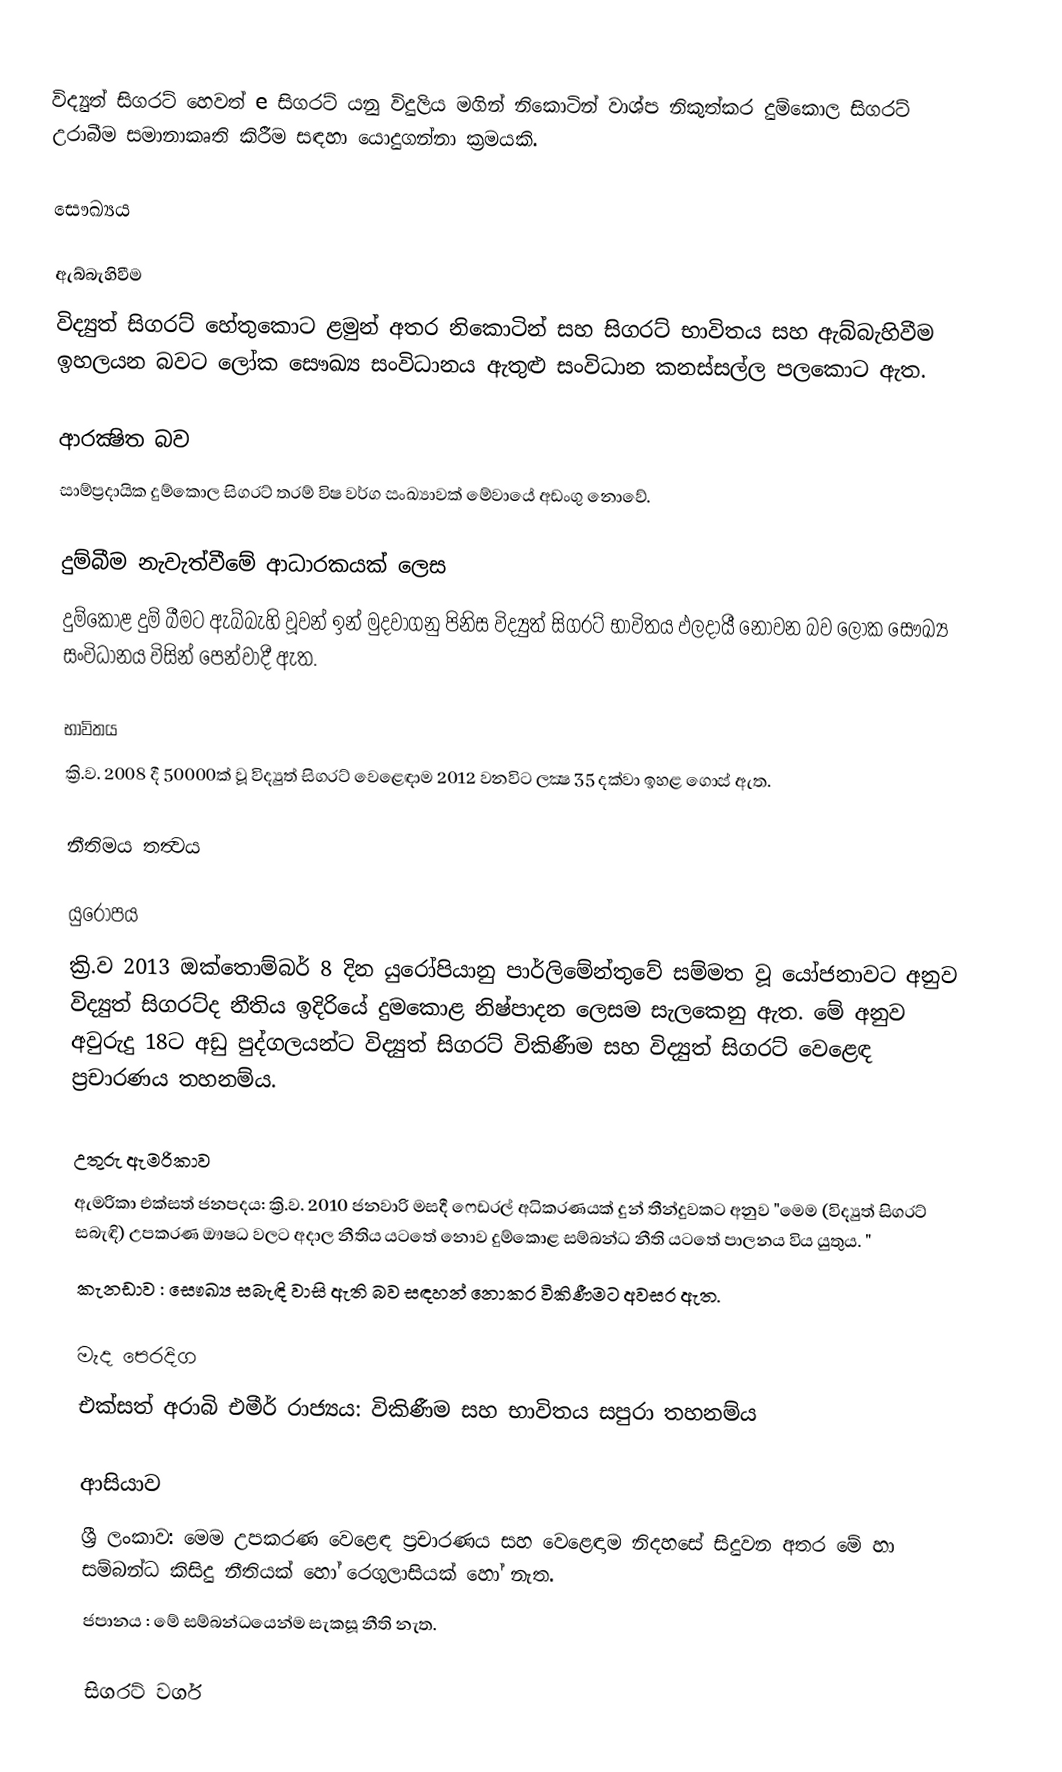
විද්‍යුත් සිගරට් හෙවත් e සිගරට් යනු විදුලිය මගින් නිකොටින් වාශ්ප නිකුත්කර දුම්කොල සිගරට් උරාබීම සමානාකෘති කිරීම සඳහා යොදුගන්නා ක්‍රමයකි.

සෞඛ්‍යය

ඇබ්බැහිවීම
විද්‍යුත් සිගරට් හේතුකොට ළමුන් අතර නිකොටින් සහ සිගරට් භාවිතය සහ ඇබ්බැහිවීම ඉහලයන බවට ලෝක සෞඛ්‍ය සංවිධානය ඇතුළු සංවිධාන කනස්සල්ල පලකොට ඇත.

ආරක්‍ෂිත බව
සාම්ප්‍රදායික දුම්කොල සිගරට් තරම් විෂ වර්ග සංඛ්‍යාවක් මේවායේ අඩංගු නොවේ.

දුම්බීම නැවැත්වීමේ ආධාරකයක් ලෙස
දුම්කොළ දුම් බීමට ඇබ්බැහි වූවන් ඉන් මුදවාගනු පිනිස විද්‍යුත් සිගරට් භාවිතය ඵලදායී නොවන බව ලෝක සෞඛ්‍ය සංවිධානය විසින් පෙන්වාදී ඇත.

භාවිතය
ක්‍රි.ව. 2008 දී 50000ක් වූ විද්‍යුත් සිගරට් වෙළෙඳාම 2012 වනවිට ලක්‍ෂ 35 දක්වා ඉහළ ගොස් ඇත.

නීතිමය තත්‍වය

යුරෝපය
ක්‍රි.ව 2013 ඔක්තොම්බර් 8 දින යුරෝපියානු පාර්ලිමේන්තුවේ සම්මත වූ යෝජනාවට අනුව විද්‍යුත් සිගරට්ද නීතිය ඉදිරියේ දුමකොළ නිෂ්පාදන ලෙසම සැලකෙනු ඇත. මේ අනුව අවුරුදු 18ට අඩු පුද්ගලයන්ට විද්‍යුත් සිගරට් විකිණීම සහ විද්‍යුත් සිගරට් වෙළෙඳ ප්‍රචාරණය තහනම්ය.

උතුරු ඇමරිකාව
 ඇමරිකා එක්සත් ජනපදය: ක්‍රි.ව. 2010 ජනවාරි මසදී ෆෙඩරල් අධිකරණයක් දුන් තීන්දුවකට අනුව "මෙම (විද්‍යුත් සිගරට් සබැඳි) උපකරණ ඖෂධ වලට අදාල නීතිය යටතේ නොව දුම්කොළ සම්බන්ධ නීති යටතේ පාලනය විය යුතුය. "
 කැනඩාව : සෞඛ්‍ය සබැඳි වාසි ඇති බව සඳහන් නොකර විකිණීමට අවසර ඇත.

මැද පෙරදිග
 එක්සත් අරාබි එමීර් රාජ්‍යය: විකිණීම සහ භාවිතය සපුරා තහනම්ය

ආසියාව
 ශ්‍රී ලංකාව: මෙම උපකරණ වෙළෙඳ ප්‍රචාරණය සහ වෙළෙඳාම නිදහසේ සිදුවන අතර මේ හා සම්බන්ධ කිසිදු නීතියක් හෝ රෙගුලාසියක් හෝ නැත.
 ජපානය : මේ සම්බන්ධයෙන්ම සැකසූ නීති නැත.

සිගරට් වර්ග